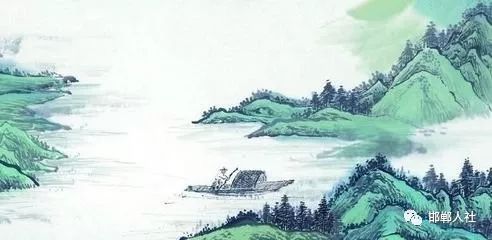
最爱芦花经雨后，一蓬烟火饭鱼船。